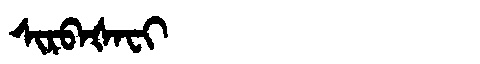
Manchu: ᠰᡳᡵᠪᠠᡧᠠᠸᡳ
Romanization: SIRBAŠAFI